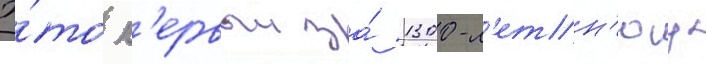
Э́то п'ервыи за́ 1300-л'етн'юу